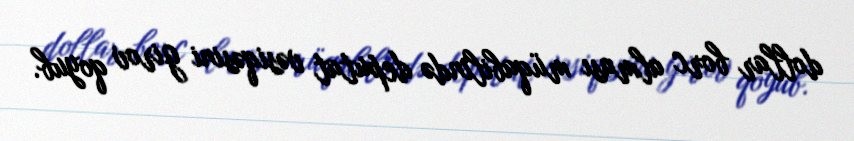
dollar borc alması müqabilində deputat vəsiqəsini girov qoyub.